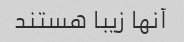
آنها زیبا هستند